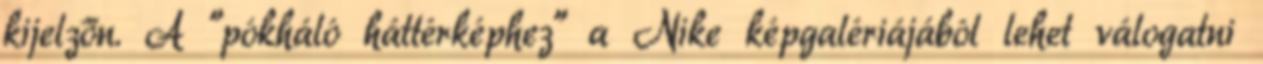
kijelzőn. A "pókháló háttérképhez" a Nike képgalériájából lehet válogatni